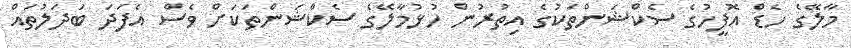
މާލޭގެ ހެޑް އޮފީހުގެ ސެކްޝަންތަކުގެ އިތުރުން ހުޅުމާލޭގެ ސެކްޝަންތަކަށް ވެސް އެފަދަ ބަދަލުތައް